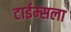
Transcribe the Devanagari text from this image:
टाईम्सला